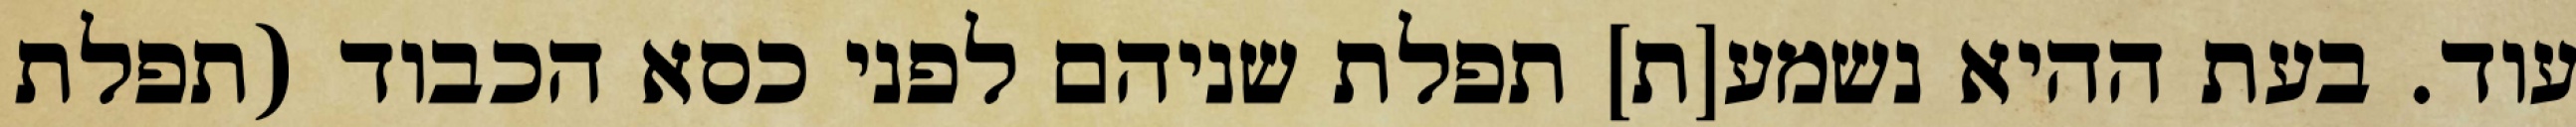
עוד. בעת ההיא נשמע[ת] תפלת שניהם לפני כסא הכבוד (תפלת